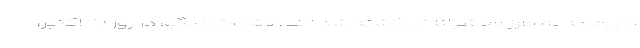
داریم که به طرز وحشیانه‌ای کشته شده‌اند. مقامات کنگو، در روز ۲۰ اکتبر،